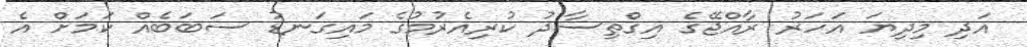
އަދި މިދިޔަ އަހަރު ރާއްޖޭގެ އިގްތިސާދު ކުރިއެރުމުގެ މައިގަނޑު ސަބަބެއް ކަމަށް އެ